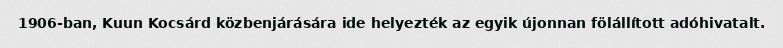
1906-ban, Kuun Kocsárd közbenjárására ide helyezték az egyik újonnan fölállított adóhivatalt.